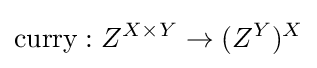
{\text{curry}}:Z^{X\times Y}\to (Z^{Y})^{X}